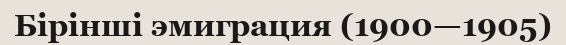
Бірінші эмиграция (1900—1905)